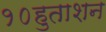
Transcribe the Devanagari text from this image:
१०हुताशन